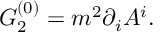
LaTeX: G _ { 2 } ^ { ( 0 ) } = m ^ { 2 } \partial _ { i } A ^ { i } .